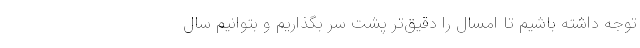
توجه داشته باشیم تا امسال را دقیق‌تر پشت سر بگذاریم و بتوانیم سال